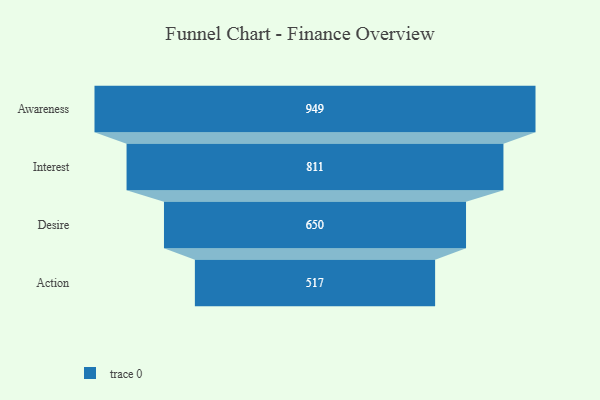
{"axis": {"x": "Stage", "y": "Value"}, "legend": [""], "data": [{"x": "Awareness", "y": 949.0, "type": ""}, {"x": "Interest", "y": 811.0, "type": ""}, {"x": "Desire", "y": 650.0, "type": ""}, {"x": "Action", "y": 517.0, "type": ""}]}